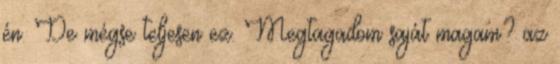
én. De mégse teljesen ez. Megtagadom saját magam? az